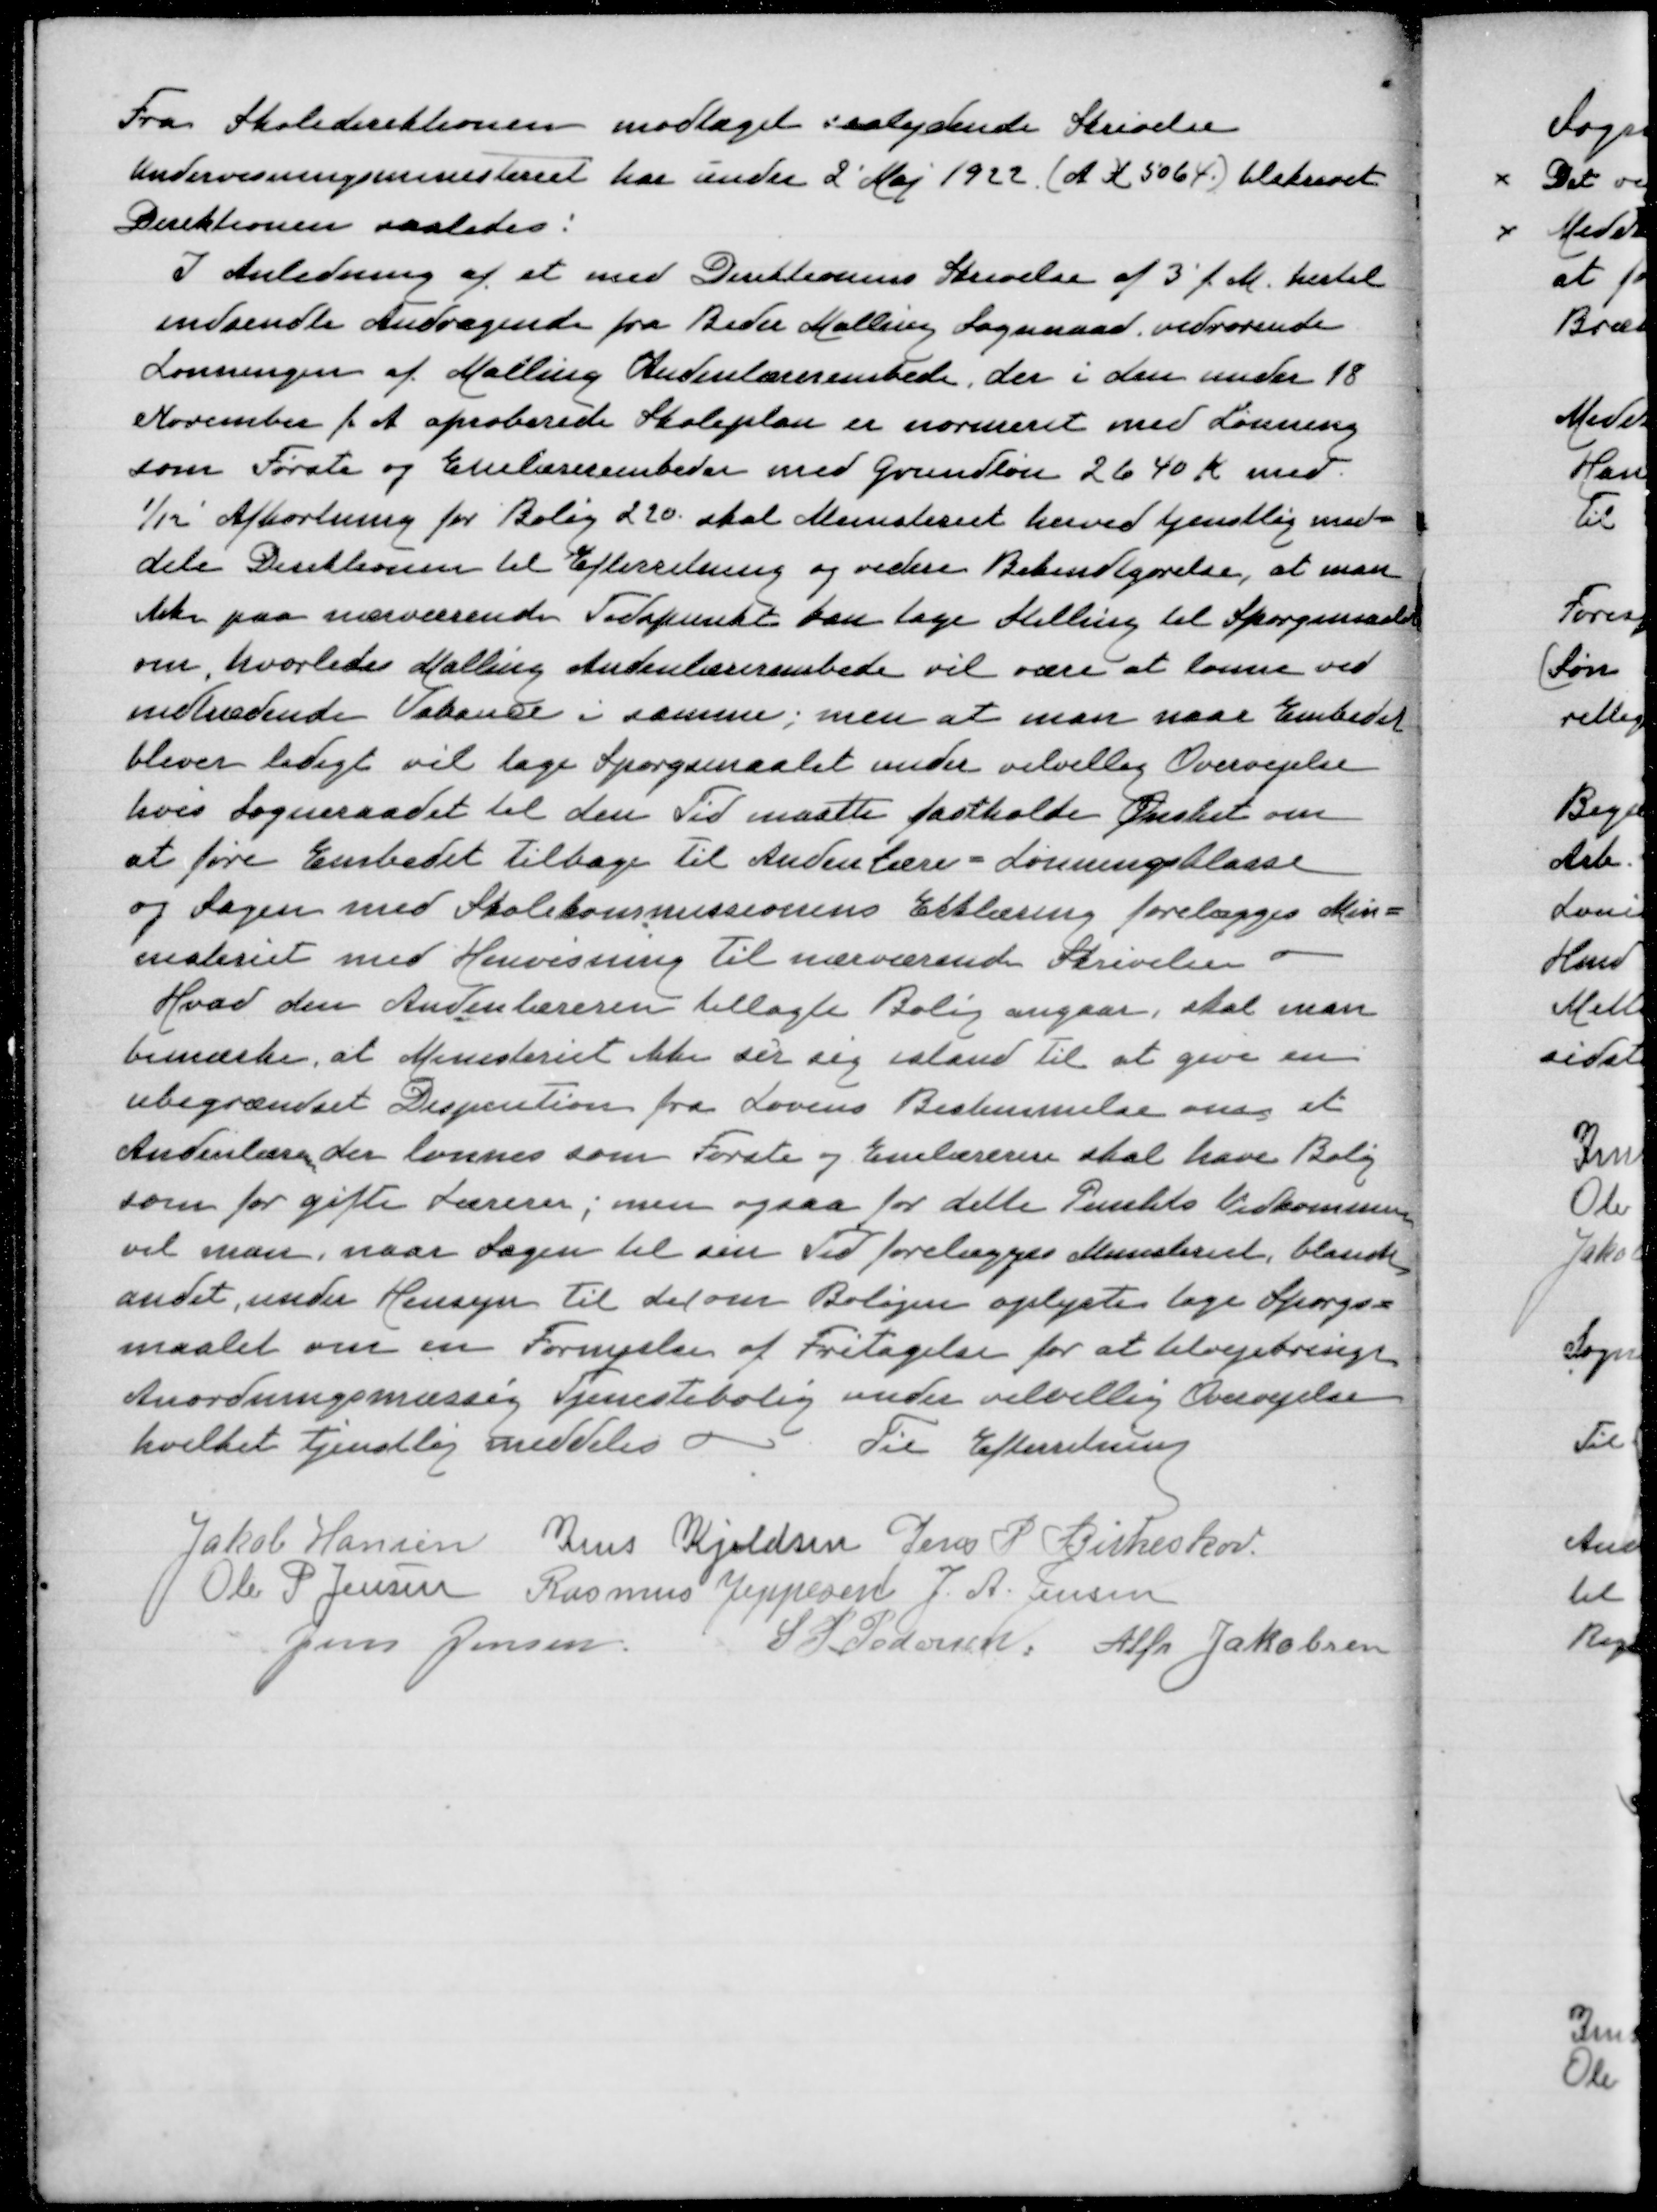
Transskription:
Fra Skoledirektionen modtaget saalydende Skrivelse
Undervisningsministeriet har under 2' Maj 1922 (A K 5064) tilskrevet
Direktionen saaledes:
I Anledning af et med Direktionens Skrivelse af 3' f M hertil
indsendt Andragende fra Beder Malling Sogneraad vedrørende
Lønningen af Malling Underlærerembede, der i den under 18.
November f A aproberede Skoleplan er normeret med Lønning
som Første og Enelærerembede med Grundløn 2640 K med
1/12 Afkortning for Bolig 220 skal Ministeriet herved tjenstlig med=
dele Direktionen til Efterretning og videre Bekendtgørelse, at man
ikke paa nuværende Tidspunkt kan tage Stilling til Spørgsmaalet
om, hvorledes Malling Andenlærerembede vil være at lønne ved
indtrædende Vakance i samme; men at man naar Embedet
bliver ledigt vil tage Spørgsmaalet under velvillig Overvejelse
hvis Sogneraadet til den Tid maatte fastholde Ønsket om
at føre Embedet tilbage til Andenlære - Lønningsklasse
og Sagen med Skoledirektionens Erklæring forelægges Min=
nisteriet med Henvisning til nærværende Skrivelse
Hvad den Andenæreren tillagte Bolig angaar, skal man
bemærke at Ministeriet ikke ser sig i stand til at give en
ubegrændset Dispensation fra Lovens Bestemmelse om at
Andenlærer der lønnes som Første og Enelærer skal have Bolig
som for gifte Lærer; men også for dette Punkts Vedkommende
vil man naar Sagen til sin Tid forelægges Ministeriet blandt
andet under Hensyn til det om Boligen oplyste tage Spørgs=
maalet om en Fornyelse af Fritagelse for at tilvejebringe
Anordningsmæssig Tjenestebolig unde velvillig Overvejelse
hvilket tjenstlig meddeles
Til Efterretning

Jakob Hansen
Jens Kjeldsen
Jens P Birkeskov
Ole P Jensen
Rasmus Jeppesen
J A Jensen
Jens Jensen
S P Pedersen
Alfr Jakobsen